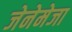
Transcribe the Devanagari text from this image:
जेनेमेजा